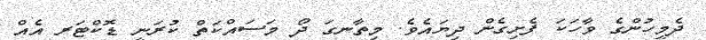
ދެމީހުންގެ ވާހަކަ ފެށިގެން ދިޔައެވެ. މިތާނގަ ދޯ މަސައްކަތް ކުރަނީ ޑޮކްޓަރ އެއް